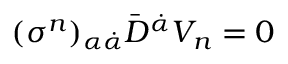
( \sigma ^ { n } ) _ { \alpha \dot { \alpha } } \bar { D } ^ { \dot { \alpha } } V _ { n } = 0